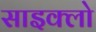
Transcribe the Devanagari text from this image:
साइक्लो